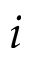
i